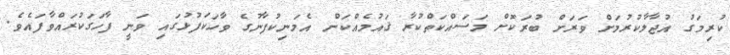
ކުރިމަގު އުޖާލާކުރުމަށް ވަރަށް ބުރަކޮށް މަސައްކަތްކުރާ ޤައުމެއްކަން އެމަނިކުފާނުގެ ވާހަކަފުޅުގައި ވަނީ ފާހަގަކުރައްވާފައެވެ.